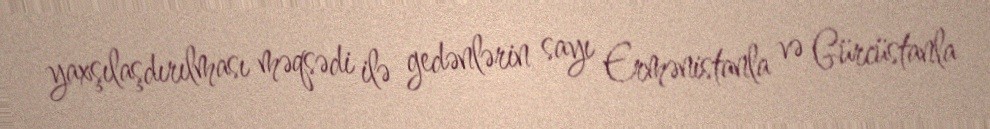
yaxşılaşdırılması məqsədi ilə gedənlərin sayı Ermənistanla və Gürcüstanla